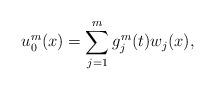
LaTeX: \begin{align*}u_{0}^{m}(x)=\sum_{j=1}^{m}g_{j}^{m}(t)w_{j}(x),\end{align*}